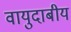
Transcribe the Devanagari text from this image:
वायुदाबीय